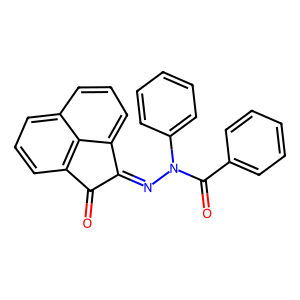
SMILES: O=C(c1ccccc1)N(N=c1c(=O)c2cccc3cccc1c32)c1ccccc1
Inhibits HIV replication: No